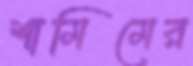
শামিমের